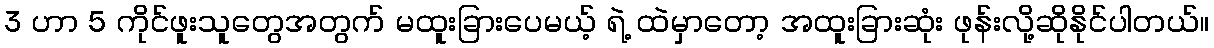
3 ဟာ 5 ကိုင်ဖူးသူတွေအတွက် မထူးခြားပေမယ့် ရဲ့ ထဲမှာတော့ အထူးခြားဆုံး ဖုန်းလို့ဆိုနိုင်ပါတယ်။